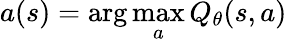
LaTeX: a(s)=\arg\operatorname*{max}_{a}Q_{\theta}(s,a)